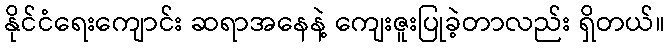
နိုင်ငံရေးကျောင်း ဆရာအနေနဲ့ ကျေးဇူးပြုခဲ့တာလည်း ရှိတယ်။